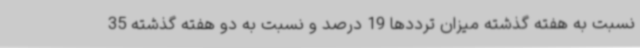
نسبت به هفته گذشته میزان ترددها 19 درصد و نسبت به دو هفته گذشته 35